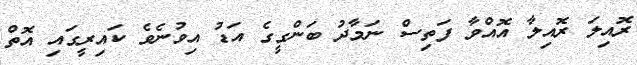
ރޮއިލަ ރޮއިލާ އޮއްވާ ފަތިސް ނަމާދު ބަންގީގެ އަޑު އިވުނެވެ ކައިރީގައި އޮތް